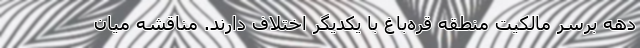
دهه برسر مالکیت منطقه قره‌باغ با یکدیگر اختلاف دارند. مناقشه میان